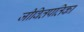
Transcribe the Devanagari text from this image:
जीवितपतिका